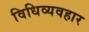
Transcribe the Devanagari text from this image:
विधिव्यवहार